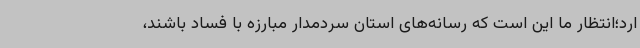
ارد؛انتظار ما این است که رسانه‌های استان سردمدار مبارزه با فساد باشند،